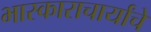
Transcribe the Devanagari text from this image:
भास्काराचार्यांचे